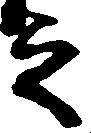
之